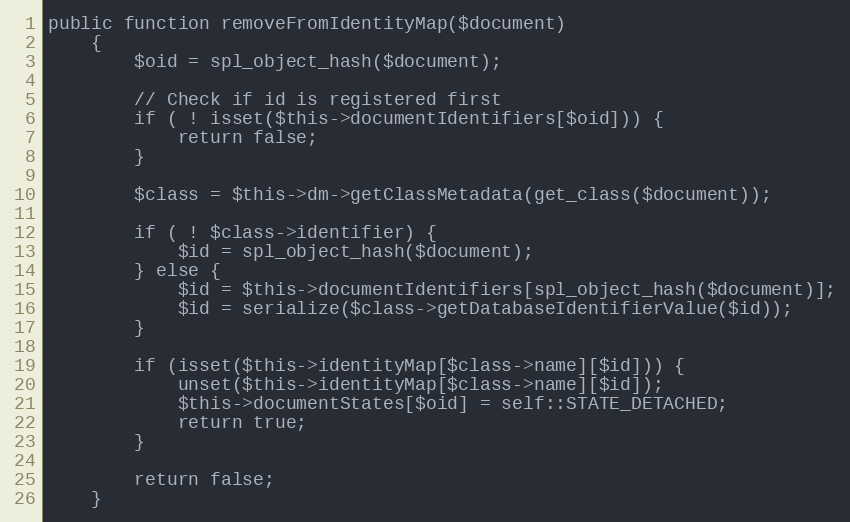
Language: PHP
public function removeFromIdentityMap($document)
    {
        $oid = spl_object_hash($document);

        // Check if id is registered first
        if ( ! isset($this->documentIdentifiers[$oid])) {
            return false;
        }

        $class = $this->dm->getClassMetadata(get_class($document));

        if ( ! $class->identifier) {
            $id = spl_object_hash($document);
        } else {
            $id = $this->documentIdentifiers[spl_object_hash($document)];
            $id = serialize($class->getDatabaseIdentifierValue($id));
        }

        if (isset($this->identityMap[$class->name][$id])) {
            unset($this->identityMap[$class->name][$id]);
            $this->documentStates[$oid] = self::STATE_DETACHED;
            return true;
        }

        return false;
    }